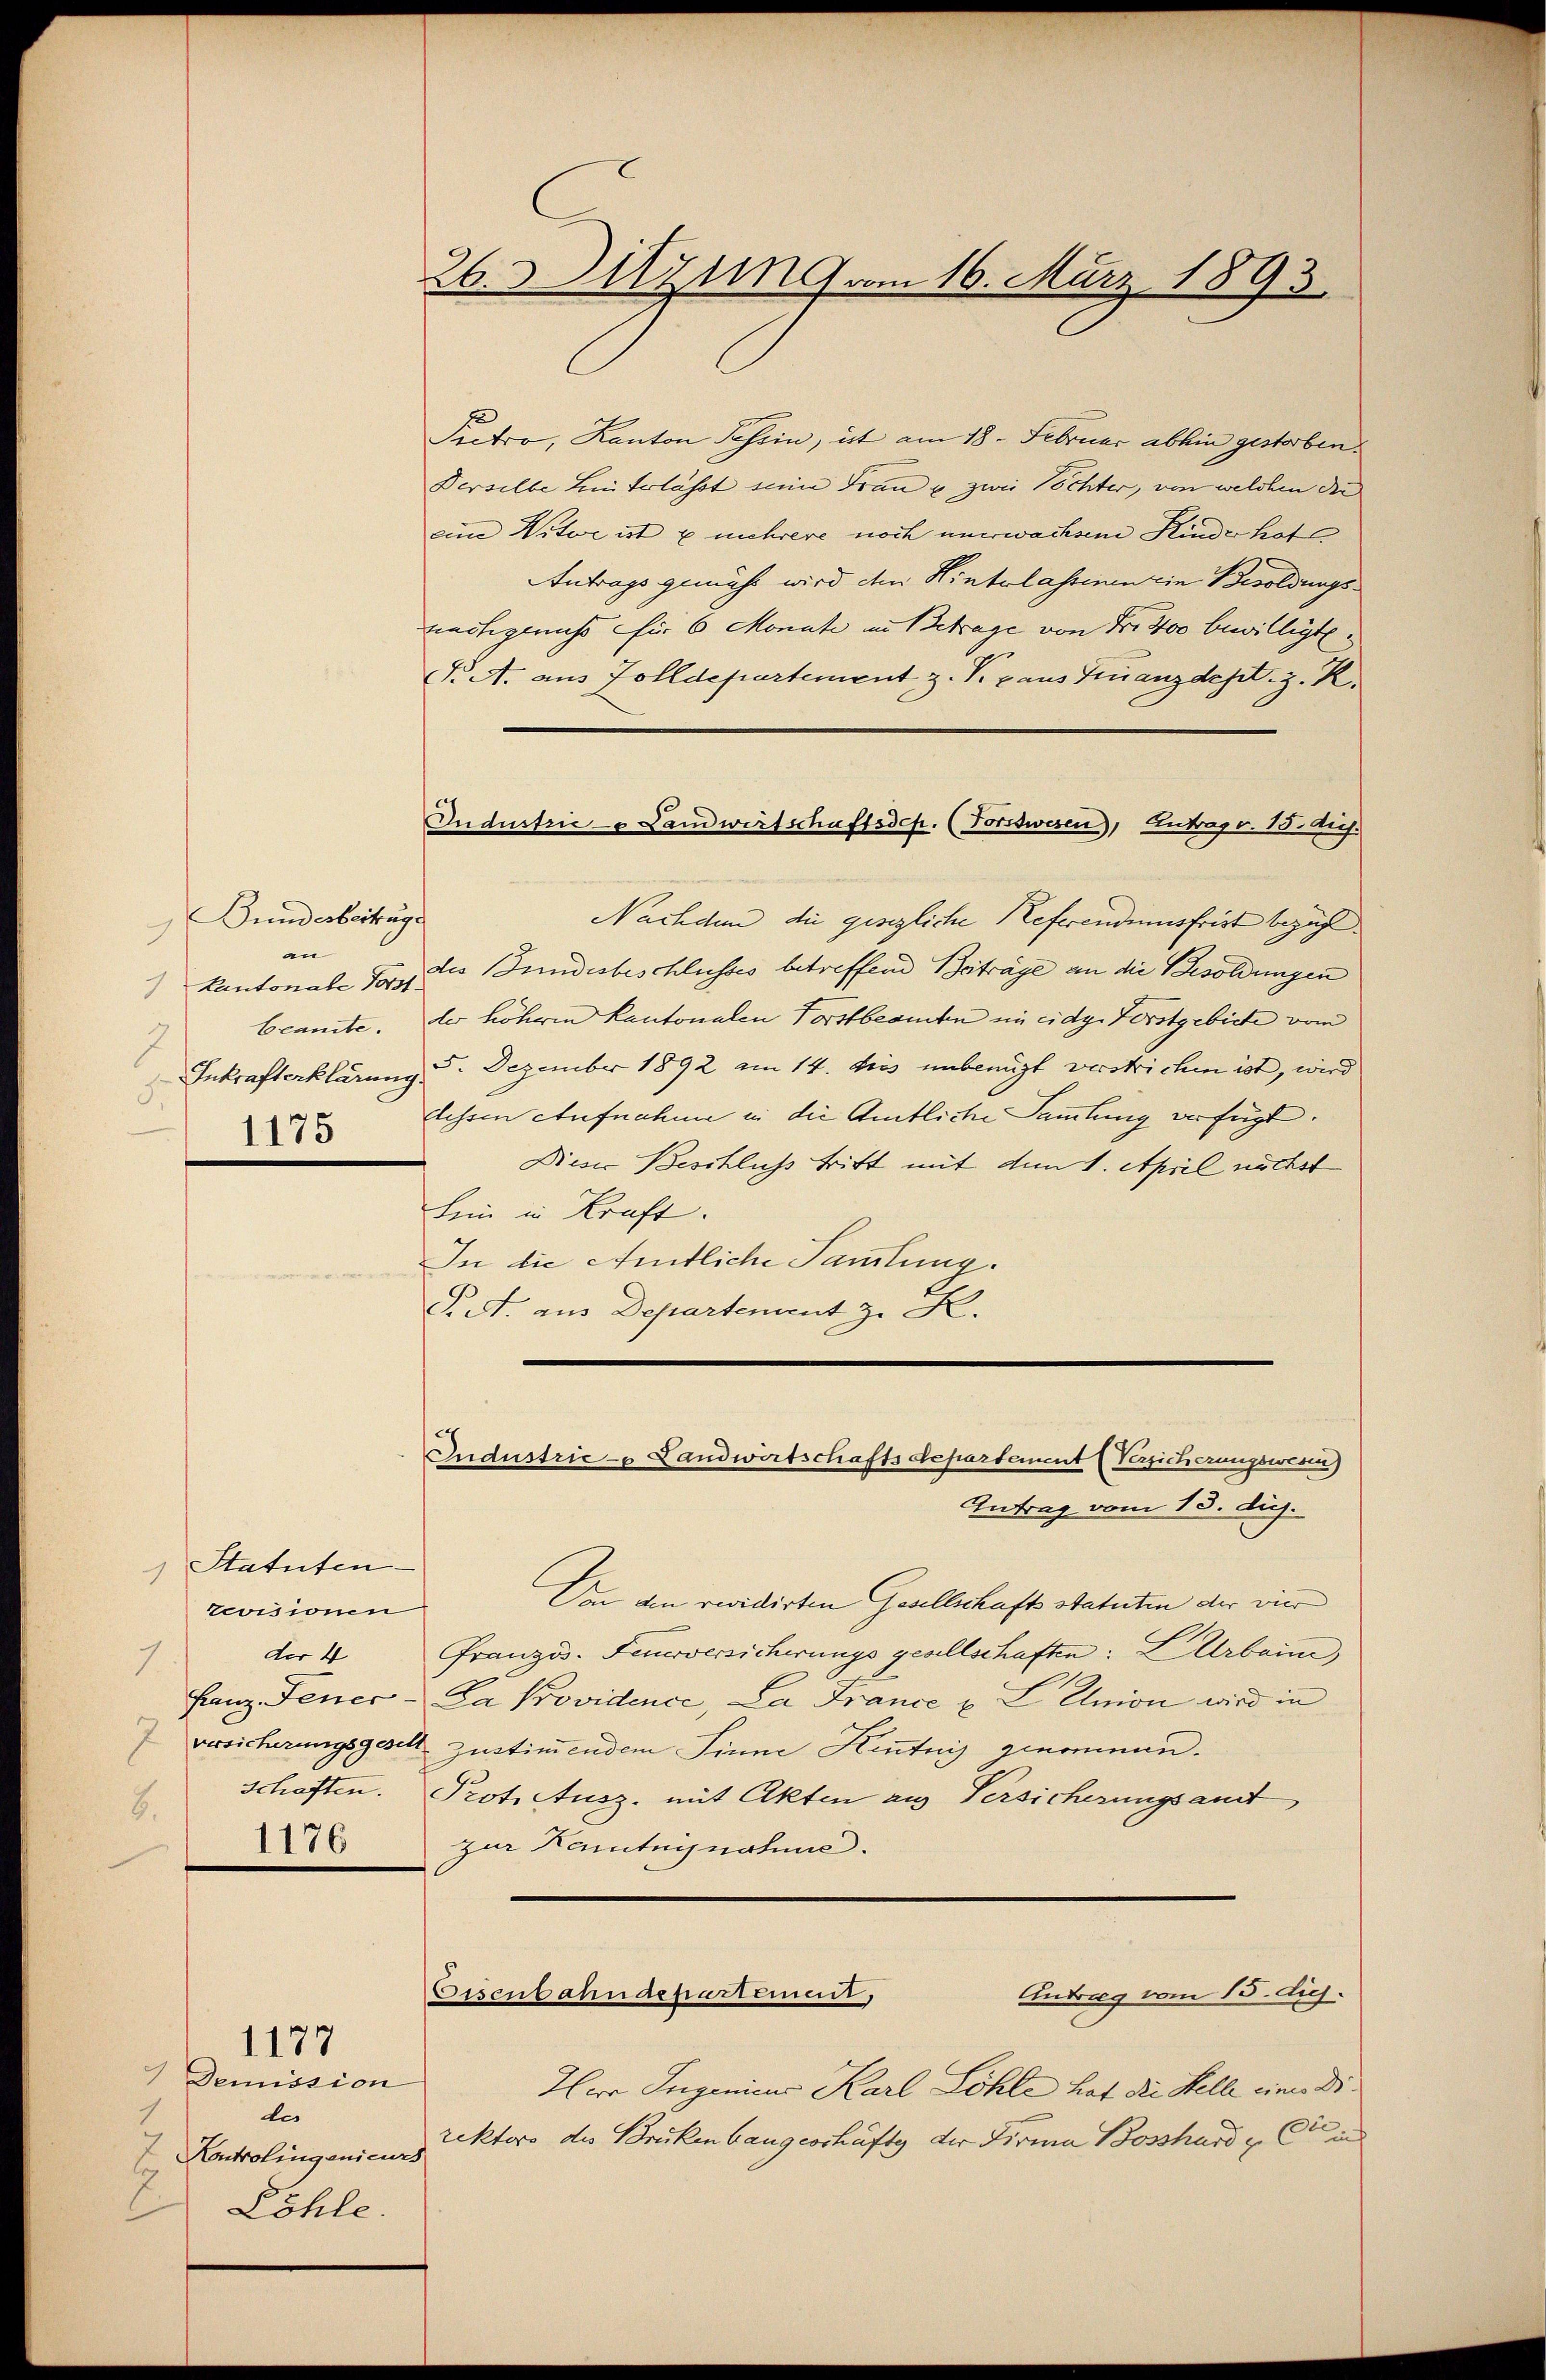
Bunderbeitung
an
Kantonale Forst
1
beamte.
Inkrafterklärung.
1175

Statuten.
.
revisionen
der 4
7
Franz Feuer
versicherungsgese
schaften.
8.
1176

1177

Demission
1
de
 Kontrolingenieurs
7
Zöhle.

Pectro, Kanton Schein, ist am 18. Februar abhin gestorben.
Derselbe Linterlasst seine Frau u zwei Töchter, von welchen die
eine Witwe ist & mehrere noch unerwachsen Kinde hat
Antrags gemäss wird den Hinterlassenen ein Besoldungsnachgenuss für 6 Monate in Betrage von Fr. 400 bewilligt.
N A. aus Zolldepartement z. V. aus Finanzdest. z. R.
Nachden die gesezliche Referendumsfrist bezahl
des Bundesbeschlusses betreffend Beiträge an die Besoldungen
der höheren Kantonalen Vorstbeamten in eidg. Forstgebiete vom
5. Dezember 1892 am 14. dies unbenügt verstrichen ist, wird
dessen Aufnahme in die Amtliche Sammlung verfügt.
Dieser Beschlichs tritt mit dem 1. April nächst
hein in Kraft.
In die Amtliche Sammlung.
S. A. aus Departement z. K.

26. Sitzung am 16. März 1893

Industrie - u Landwirtschaftsdep. (Fortswesen), Antrags. 15. huj.

Industrie - Landwirtschaftsdepartement (Versicherungswesen)
Antrag vom 15. dij.

An den revidirten Gesellschaft statuten der vier
Französ. Feuerversicherungs gesellschaften: LArbain
Da Providence, La France u. L. Union wird in
A Zustimmendem Sinne Kentnis genommen.
Prot. Ausz. mit Akten aus Versicherungsamt
zur Kentngnahme.

Herr Ingenieus Karl Löhle hat die Stelle eine Direktors des Brükenbaugeschäfte der Firma Bossard & Cie in

Eisenbahndepartement,
Antrag vom 15. die